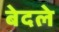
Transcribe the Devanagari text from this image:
बेदले